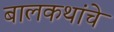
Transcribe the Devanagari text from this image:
बालकथांचे